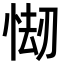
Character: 㥘